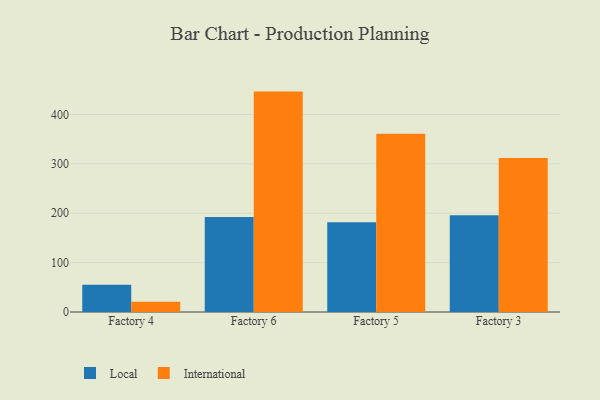
{"axis": {"x": "Factory", "y": "Backlog"}, "legend": ["International", "Local"], "data": [{"x": "Factory 4", "y": 55.1, "type": "Local"}, {"x": "Factory 4", "y": 20.6, "type": "International"}, {"x": "Factory 6", "y": 192.6, "type": "Local"}, {"x": "Factory 6", "y": 446.3, "type": "International"}, {"x": "Factory 5", "y": 181.9, "type": "Local"}, {"x": "Factory 5", "y": 361.1, "type": "International"}, {"x": "Factory 3", "y": 196.0, "type": "Local"}, {"x": "Factory 3", "y": 311.6, "type": "International"}]}